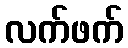
လက်ဖက်